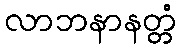
လာဘနာနတ္တံ